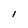
Character: l